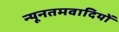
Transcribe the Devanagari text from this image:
न्यूनतमवादियों